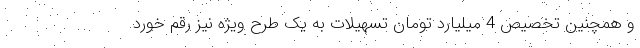
و همچنین تخصیص 4 میلیارد تومان تسهیلات به یک طرح ویژه نیز رقم خورد.